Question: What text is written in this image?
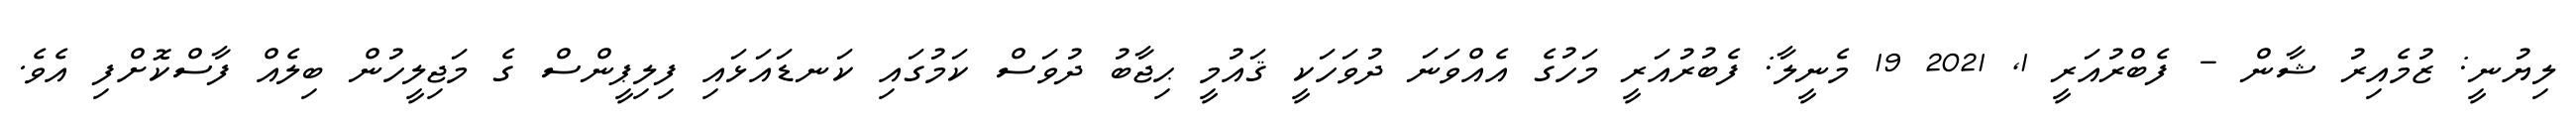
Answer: ލިޔުނީ: ޒުމެއިރު ޝާން - ފެބްރުއަރީ 1, 2021 19 މެނީލާ: ފެބުރުއަރީ މަހުގެ އެއްވަނަ ދުވަހަކީ ޤައުމީ ޙިޖާބު ދުވަސް ކަމުގައި ކަނޑައަޅައި ފިލިޕީންސް ގެ މަޖިލީހުން ބިލެއް ފާސްކޮށްފި އެވެ.